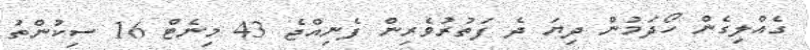
ގެއްލިގެން ހޯދަމުން ދިޔަ ދެ ފަތުރުވެރިން ފެނިއްޖެ 43 މިނެޓް 16 ސިކުންތު